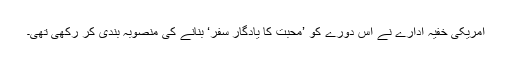
امریکی خفیہ ادارے نے اس دورے کو ’محبت کا یادگار سفر‘ بنانے کی منصوبہ بندی کر رکھی تھی۔